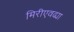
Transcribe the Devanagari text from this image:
मिरीएवढ्या